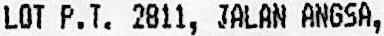
LOT P.T. 2811, JALAN ANGSA,